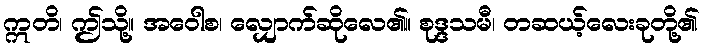
ဣတိ၊ ဤသို့။ အဝေါစ၊ လျှောက်ဆိုလေ၏။ စုဒ္ဒသမီ၊ တဆယ့်လေးခုတို့၏